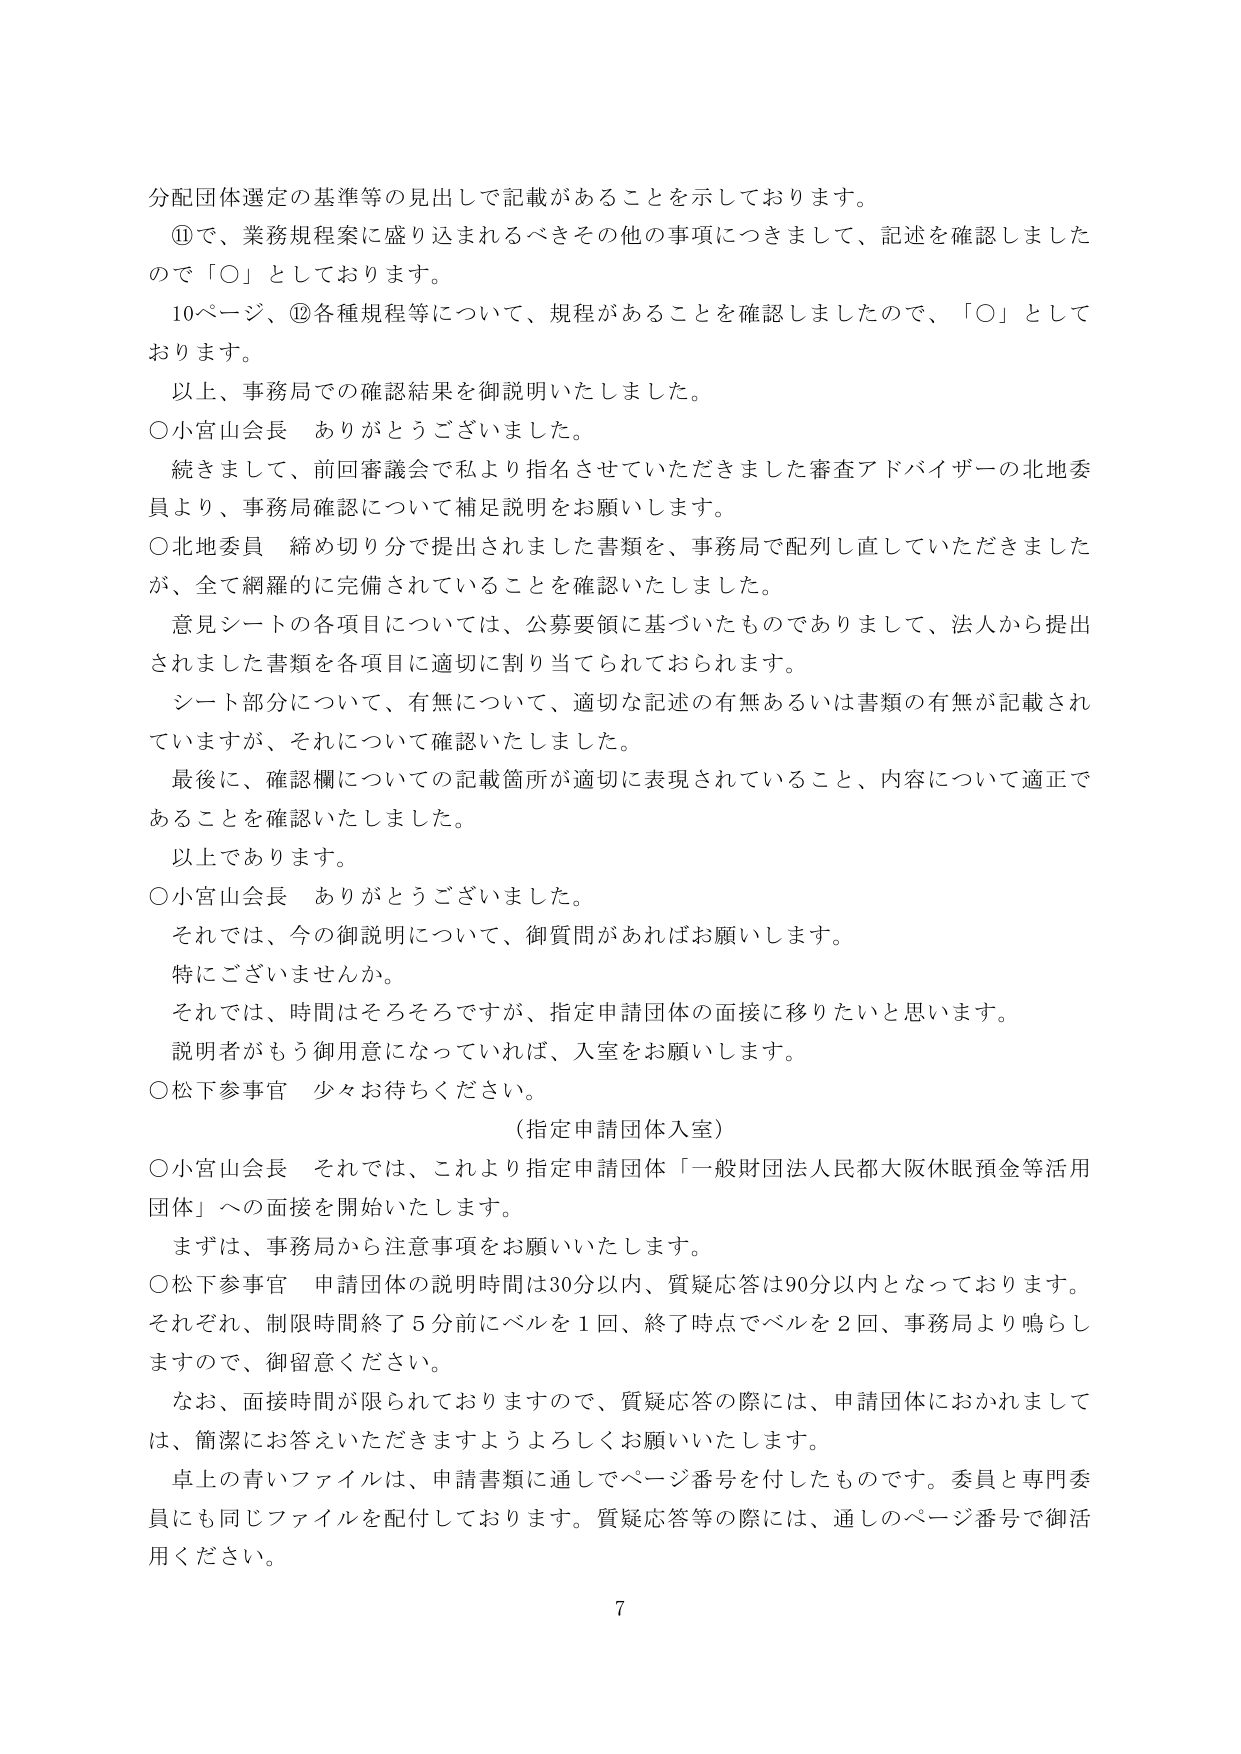
分配団体選定の基準等の見出しで記載があることを示しております。
⑪で、業務規程案に盛り込まれるべきその他の事項につきまして、記述を確認しましたので「○」としております。
10ページ、⑫各種規程等について、規程があることを確認しましたので、「○」としております。
以上、事務局での確認結果を御説明いたしました。
○小宮山会長　ありがとうございました。
続きまして、前回審議会で私より指名させていただきました審査アドバイザーの北地委員より、事務局確認について補足説明をお願いします。
○北地委員　締め切り分で提出されました書類を、事務局で配列し直していただきましたが、全て網羅的に完備されていることを確認いたしました。
意見シートの各項目については、公募要領に基づいたものでありまして、法人から提出されました書類を各項目に適切に割り当てられておられます。
シート部分について、有無について、適切な記述の有無あるいは書類の有無が記載されていますが、それについて確認いたしました。
最後に、確認欄についての記載箇所が適切に表現されていること、内容について適正であることを確認いたしました。
以上であります。
○小宮山会長　ありがとうございました。
それでは、今の御説明について、御質問があればお願いします。
特にございませんか。
それでは、時間はそろそろですが、指定申請団体の面接に移りたいと思います。
説明者がもう御用意になっていれば、入室をお願いします。
○松下参事官　少々お待ちください。
（指定申請団体入室）
○小宮山会長　それでは、これより指定申請団体「一般財団法人民都大阪休眠預金等活用団体」への面接を開始いたします。
まずは、事務局から注意事項をお願いいたします。
○松下参事官　申請団体の説明時間は30分以内、質疑応答は90分以内となっております。それぞれ、制限時間終了5分前にベルを1回、終了時点でベルを2回、事務局より鳴らしますので、御留意ください。
なお、面接時間が限られておりますので、質疑応答の際には、申請団体におかれましては、簡潔にお答えいただきますようよろしくお願いいたします。
卓上の青いファイルは、申請書類に通しでページ番号を付したものです。委員と専門委員にも同じファイルを配付しております。質疑応答等の際には、通しのページ番号で御活用ください。
7